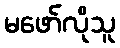
မဖော်လိုသူ